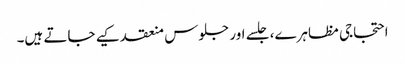
احتجاجی مظاہرے، جلسے اور جلوس منعقد کیے جاتے ہیں۔